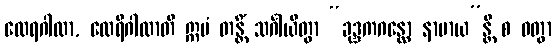
ထေရဂါထာ, ထေရီဂါထာတိ ဣမံ တန္တိံ သင်္ဂါယိတွာ “ခုဒ္ဒကဂန္ထော နာမာယ”န္တိ စ ဝတွာ